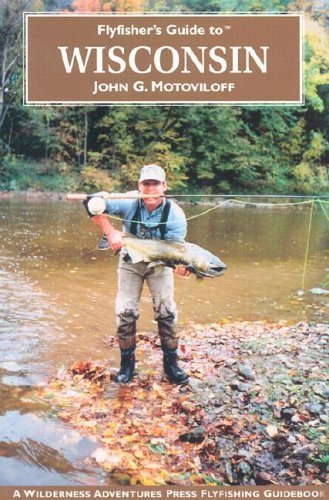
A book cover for Flyfisher's Guide to Wisconsin (Flyfisher's Guides); John Motoviloff; Travel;